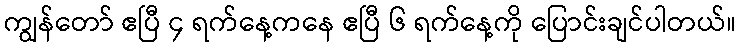
ကျွန်တော် ဧပြီ ၄ ရက်နေ့ကနေ ဧပြီ ၆ ရက်နေ့ကို ပြောင်းချင်ပါတယ်။